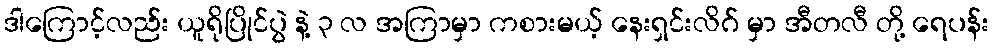
ဒါကြောင့်လည်း ယူရိုပြိုင်ပွဲ နဲ့ ၃ လ အကြာမှာ ကစားမယ့် နေးရှင်းလိဂ် မှာ အီတလီ တို့ ရေပန်း